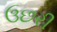
ઉછરી